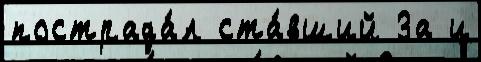
пострада́л ста́вший За и